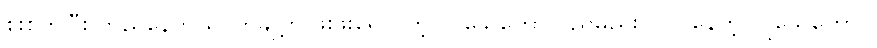
စူးစိုက်ပြီး တည်နေတယ်၊ တချို့က ဖူးဖူးရောင်တဲ့ လူသေကောင် ညိုမည်း ပုပ်ပွနေတဲ့ လူသေကောင်